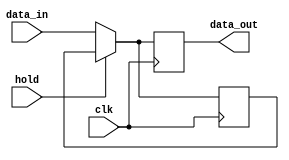
module hold_condition (
    input wire clk,          // Clock signal
    input wire hold,         // Control signal to hold the output
    input wire [7:0] data_in, // Data input signal (8-bit for example)
    output reg [7:0] data_out // Data output signal (8-bit for example)
);

    // Internal state to hold the last valid output value
    reg [7:0] last_valid_value;

    always @(posedge clk) begin
        if (hold) begin
            // When hold is asserted, retain the last valid output
            data_out <= last_valid_value;
        end else begin
            // When hold is deasserted, update the output with data_in
            data_out <= data_in;
            // Store the new valid output value
            last_valid_value <= data_in;
        end
    end

endmodule